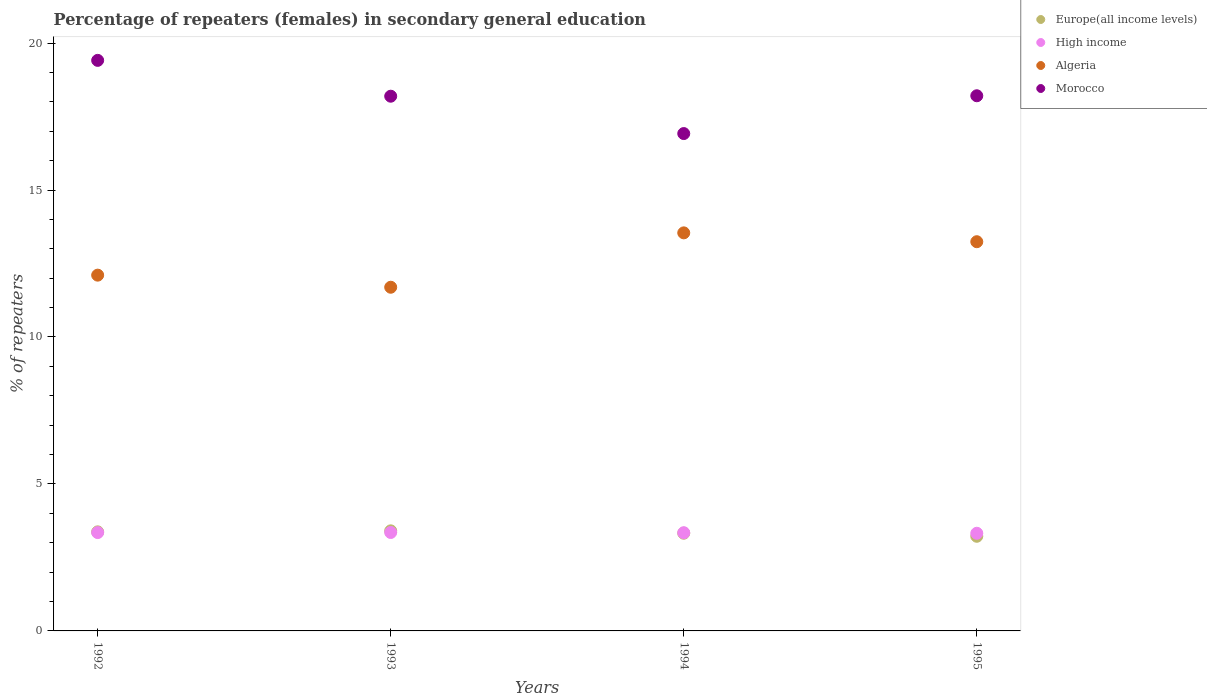
| Years | Europe(all income levels) | High income | Algeria | Morocco |
 | --- | --- | --- | --- | --- |
 | 1992 | 3.37 | 3.35 | 12.1 | 19.4 |
 | 1993 | 3.4 | 3.35 | 11.7 | 18.2 |
 | 1994 | 3.32 | 3.34 | 13.5 | 16.9 |
 | 1995 | 3.22 | 3.32 | 13.2 | 18.2 |